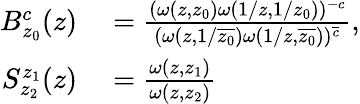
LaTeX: \begin{array}{rl}{B_{z_{0}}^{c}(z)}&{{}=\frac{(\omega(z,z_{0})\omega(1/z,1/z_{0}))^{-c}}{(\omega(z,1/\overline{{z_{0}}})\omega(1/z,\overline{{z_{0}}}))^{\overline{{c}}}},}\\ {S_{z_{2}}^{z_{1}}(z)}&{{}=\frac{\omega(z,z_{1})}{\omega(z,z_{2})}}\end{array}